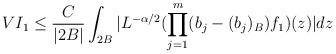
LaTeX: \begin{align*}VI_1\leq\frac{C}{|2B|}\int_{2B}|L^{-\alpha/2}(\prod\limits_{j=1}^m(b_j-(b_j)_B)f_1)(z)|dz\end{align*}